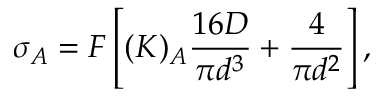
\sigma _ { A } = F \left[ ( K ) _ { A } \frac { 1 6 D } { \pi d ^ { 3 } } + \frac { 4 } { \pi d ^ { 2 } } \right] ,